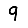
Digit: 9